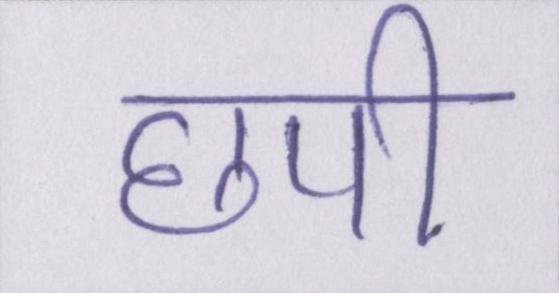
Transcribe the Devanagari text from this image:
छपी